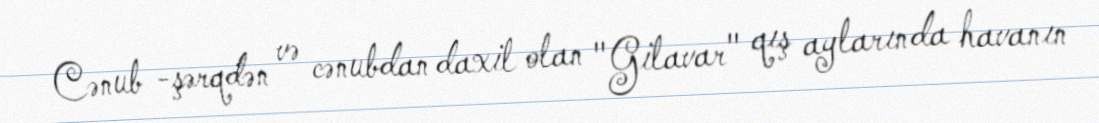
Cənub -şərqdən və cənubdan daxil olan "Gilavar" qış aylarında havanın